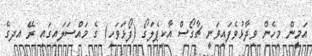
އަމީން މިހެން ވިދާޅުވެފައިވަނީ ޗާގޯސް އާކިޕެލަގޯ (ފޯޅަވަހި) ގެ މައްސަލައިގައި ރޭ އދގެ